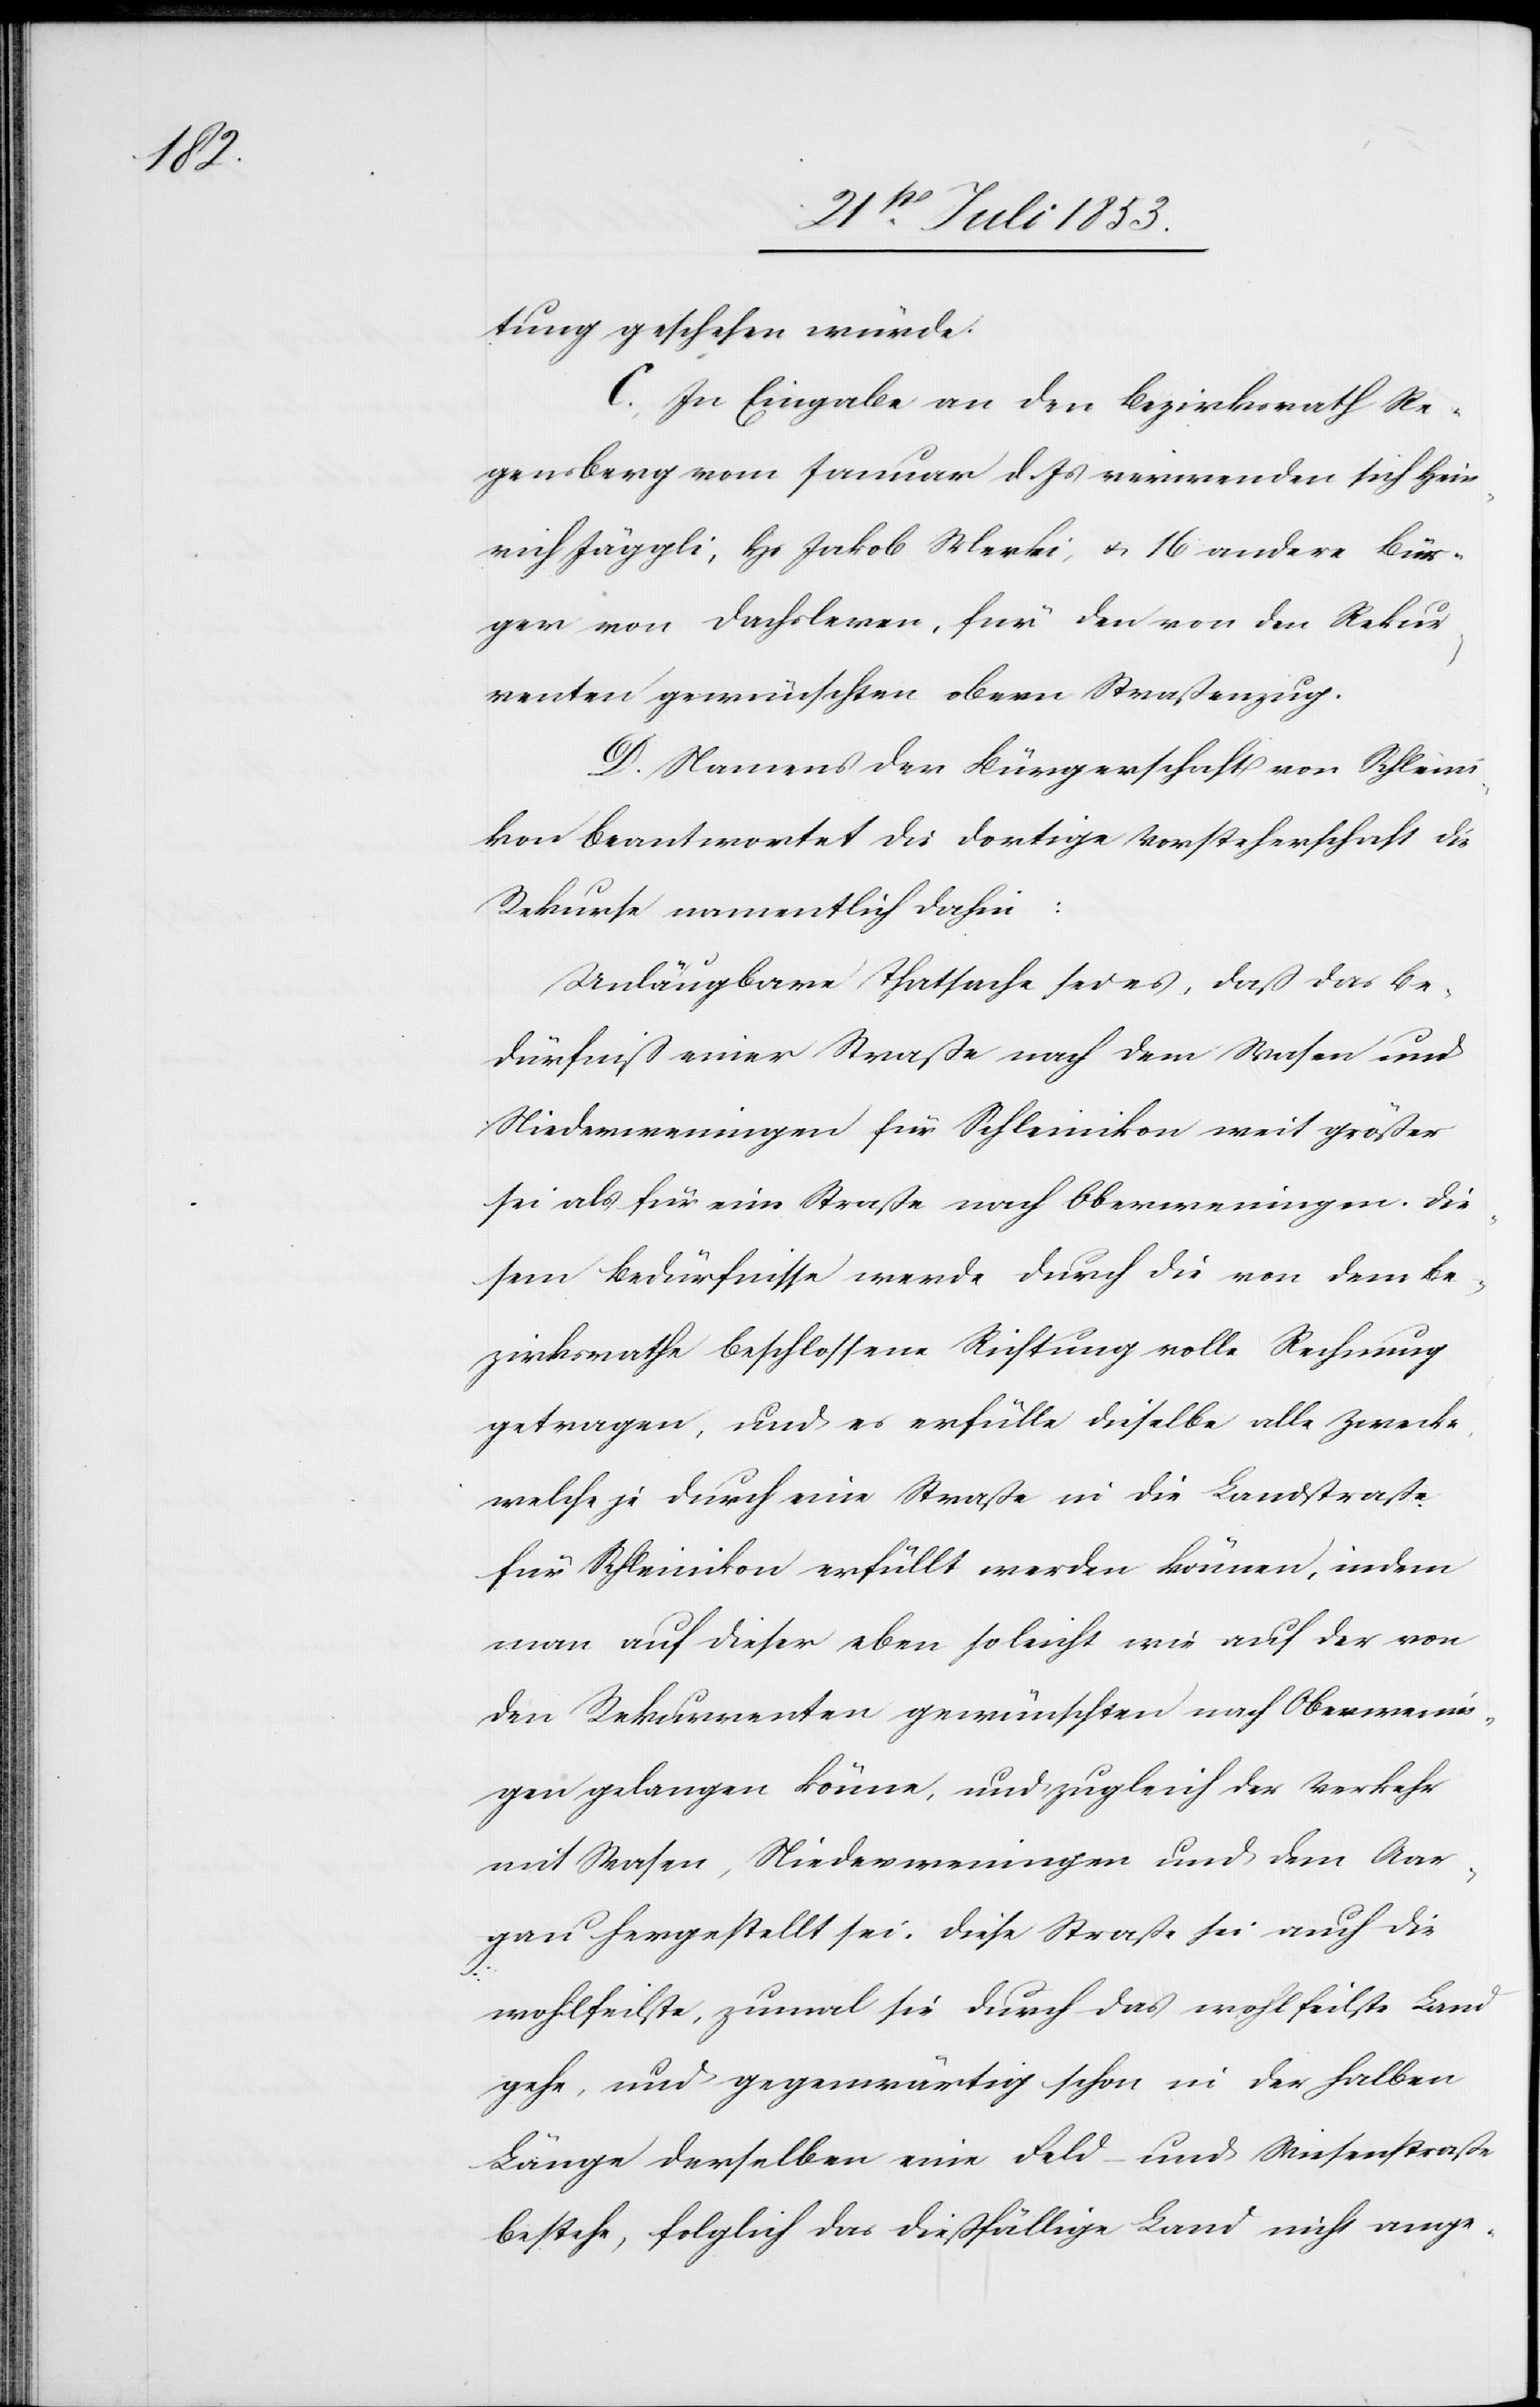
tung geschehen würde.
C. In Eingabe an den Bezirksrath Re¬
gensberg vom Januar d. Js. verwenden sich Hein¬
rich Jäggli, Hs Jakob Merki, u. 16 andere Bür¬
ger von Dachsleren, für den von den Rekur¬
renten gewünschten obern Straßenzug.
D. Namens der Bürgerschaft von Schleini¬
kon beantwortet die dortige Vorsteherschaft die
Rekurse namentlich dahin:
Unläugbare Thatsache sei es, daß das Be¬
dürfniß einer Straße nach dem Wasen und
Niederweningen für Schleinikon weit größer
sei als für eine Straße nach Oberweningen. Die¬
sem Bedürfnisse werde durch die von dem Be¬
zirksrathe beschlossene Richtung volle Rechnung
getragen, und es erfülle dieselbe alle Zwecke,
welche je durch eine Straße in die Landstraße
für Schleinikon erfüllt werden können, indem
man auf dieser eben so leicht wie auf der von
den Rekurrenten gewünschten nach Oberwenin¬
gen gelangen könne, und zugleich der Verkehr
mit Wasen, Niederweningen und dem Aar¬
gau hergestellt sei. Diese Straße sei auch die
wohlgefeilste, zumal sie durch das wohlfeilste Land
gehe, und gegenwärtig schon in der halben
Länge derselben eine Feld- und Wiesenstraße
bestehe, folglich das dießfällige Land nicht ange-